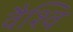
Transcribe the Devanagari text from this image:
वैश्वि